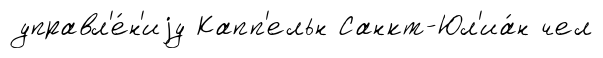
управл'е́н'иjу Капп'ельн Санкт-Юл'иа́н чел